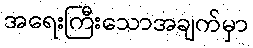
အရေးကြီးသောအချက်မှာ